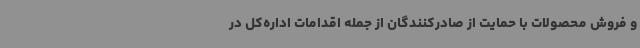
و فروش محصولات با حمایت از صادرکنندگان از جمله اقدامات اداره‌کل در